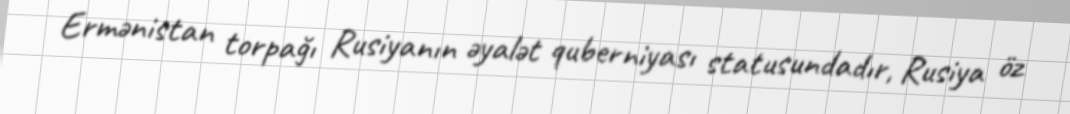
Ermənistan torpağı Rusiyanın əyalət quberniyası statusundadır, Rusiya öz